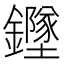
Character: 𲇫